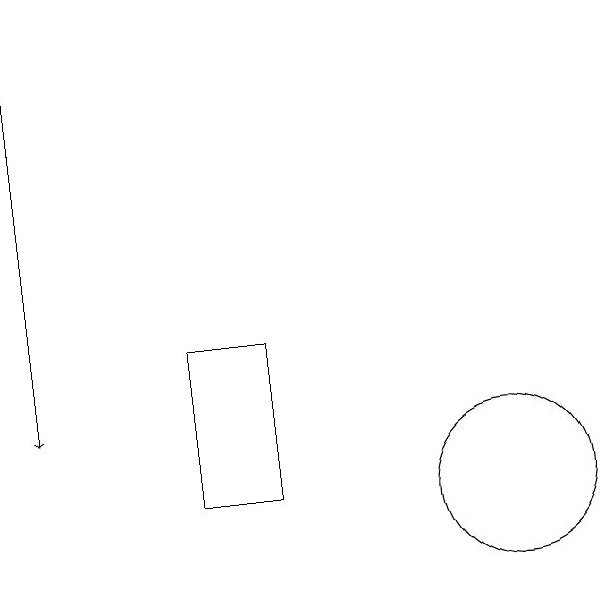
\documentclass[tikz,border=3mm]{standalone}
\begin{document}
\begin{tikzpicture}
\draw (8,10) rectangle (7,12);
\draw[->] (5,16) -- (5,11);
\draw (11,10) circle (1);
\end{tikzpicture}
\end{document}